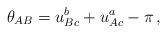
LaTeX: \begin{align*}\theta_{AB}=u_{Bc}^{b}+u_{Ac}^{a}-\pi \,,\end{align*}